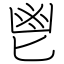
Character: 鬯